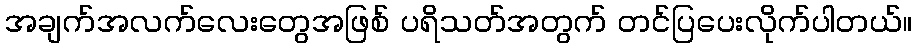
အချက်အလက်လေးတွေအဖြစ် ပရိသတ်အတွက် တင်ပြပေးလိုက်ပါတယ်။